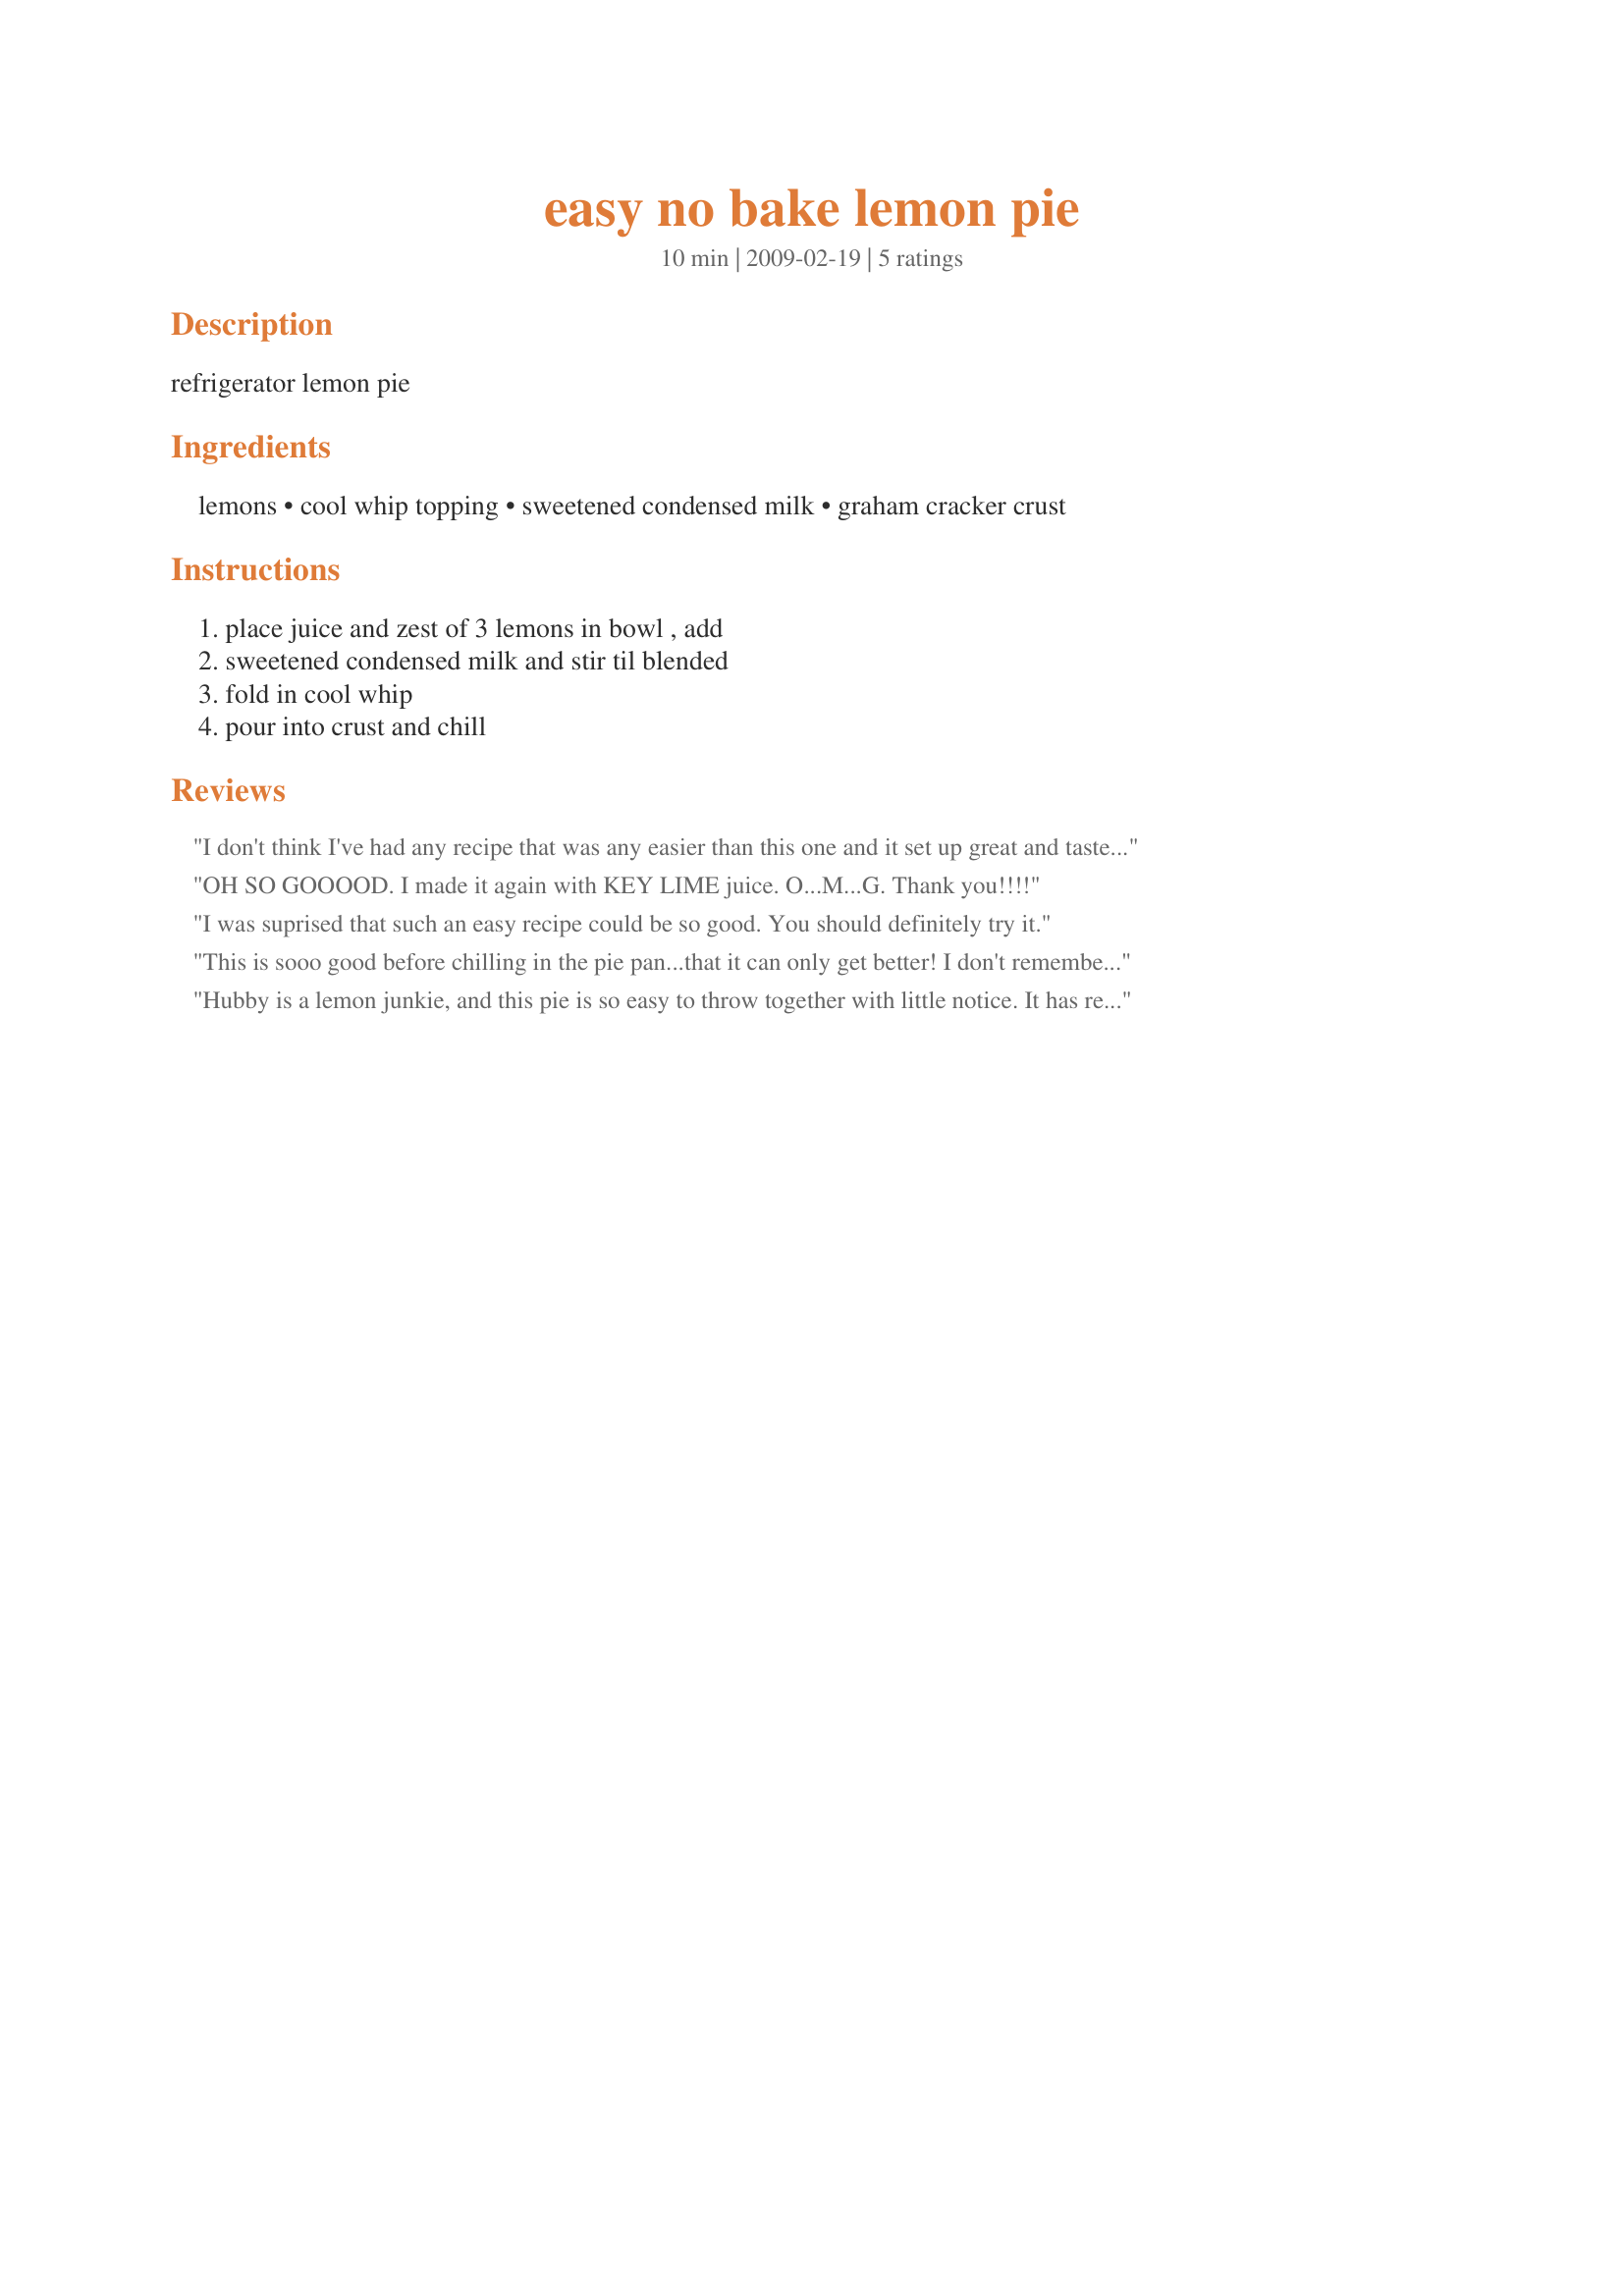
easy no bake lemon pie
Preparation time: 10 minutes

refrigerator lemon pie

Ingredients:
lemons, cool whip topping, sweetened condensed milk, graham cracker crust

Steps:
place juice and zest of 3 lemons in bowl , add, sweetened condensed milk and stir til blended, fold in cool whip, pour into crust and chill

Reviews:
I don't think I've had any recipe that was any easier than this one and it set up great and tasted wonderful! I made one exactly like the directions, then tried another with low fat condensed milk, a reduced fat crust and lite cool whip. It didn't "set" quite as well but tasted just as good!
OH SO GOOOOD. I made it again with KEY LIME juice. O...M...G. Thank you!!!!
I was suprised that such an easy recipe could be so good. You should definitely try it.
This is sooo good before chilling in the pie pan...that it can only get better! I don't remember how many pies the chef said it made but I got two pies from the filling. I took the shortcut of using premade graham cracker crusts so this very easy recipe was even easier! Thanks grannyshee for a great tasting and easy dessert! Made for PAC Fall 2011.
Hubby is a lemon junkie, and this pie is so easy to throw together with little notice. It has replaced any cake on his bday, and I have to make it for thanksgiving also! I have also substituted orange juice for the lemon with great success as well!
